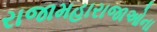
રાજામહારાજાઓના